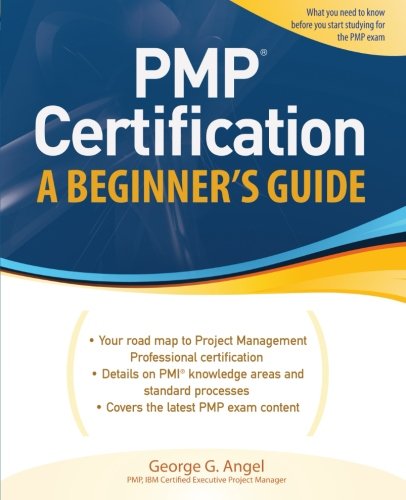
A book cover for PMP Certification, A Beginner's Guide (Certification Press); George Angel; Test Preparation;